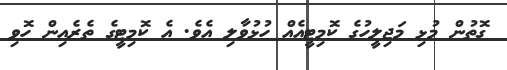
ގޮތުން މުޅި މަޖިލީހުގެ ކޮމިޓީއެއް ހުޅުވާލި އެވެ. އެ ކޮމިޓީގެ ތެރެއިން ހޮވި